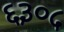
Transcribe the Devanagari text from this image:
६३०५